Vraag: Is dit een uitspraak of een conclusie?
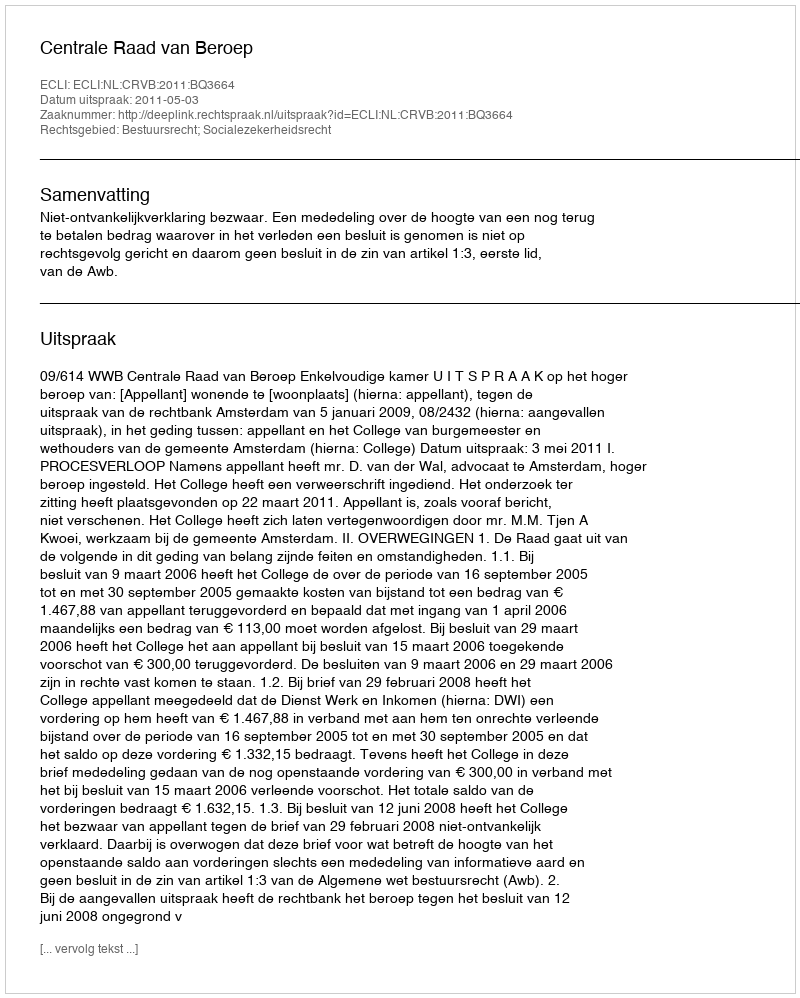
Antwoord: Uitspraak